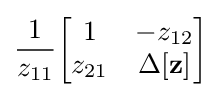
{\frac {1}{z_{11}}}{\begin{bmatrix}1&-z_{12}\\z_{21}&\Delta \mathbf {[z]} \end{bmatrix}}